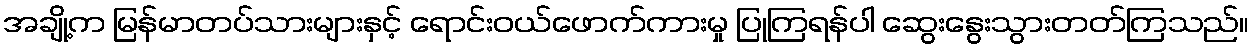
အချို့က မြန်မာတပ်သားများနှင့် ရောင်းဝယ်ဖောက်ကားမှု ပြုကြရန်ပါ ဆွေးနွေးသွားတတ်ကြသည်။